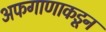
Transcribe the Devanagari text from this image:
अफगाणाकडून